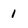
Character: 1